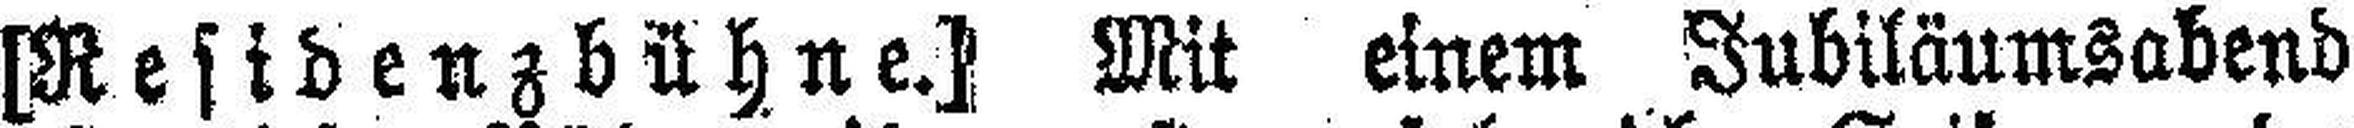
[Residenzbühne.] Mit einem Jubiläumsabend